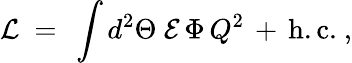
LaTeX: {\cal L}\ =\ \int d^{2}\Theta\ {\cal E}\, \Phi\, Q^{2}\, +\, \mathrm{h.c.}~,